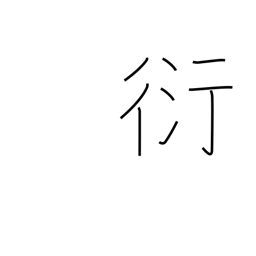
Meaning: overflowing